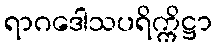
ရာဂဒေါသပရိက္ကိဋ္ဌာ